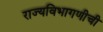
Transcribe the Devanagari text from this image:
राज्यविभागणीची